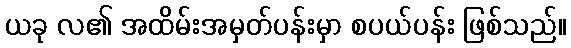
ယခု လ၏ အထိမ်းအမှတ်ပန်းမှာ စပယ်ပန်း ဖြစ်သည်။